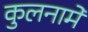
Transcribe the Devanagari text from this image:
कुलनामे